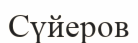
Сүйеров